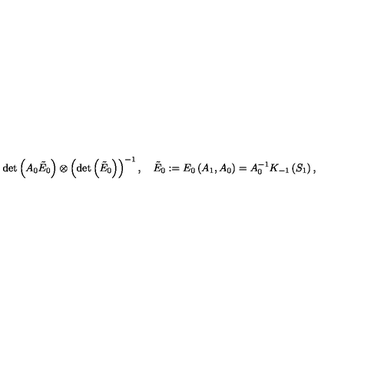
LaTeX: \det \left( A _ { 0 } \tilde { E } _ { 0 } \right) \otimes \left( \det \left( \tilde { E } _ { 0 } \right) \right) ^ { - 1 } , \quad \tilde { E } _ { 0 } : = E _ { 0 } \left( A _ { 1 } , A _ { 0 } \right) = A _ { 0 } ^ { - 1 } K _ { - 1 } \left( S _ { 1 } \right) ,